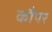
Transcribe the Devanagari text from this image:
कौपर